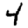
Digit: 4